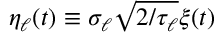
\eta _ { \ell } ( t ) \equiv \sigma _ { \ell } \sqrt { 2 / \tau _ { \ell } } \xi ( t )